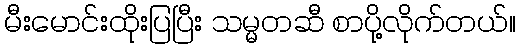
မီးမောင်းထိုးပြပြီး သမ္မတဆီ စာပို့လိုက်တယ်။